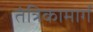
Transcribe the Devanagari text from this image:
तंत्रिकामार्ग